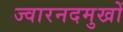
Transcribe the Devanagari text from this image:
ज्वारनदमुखों